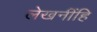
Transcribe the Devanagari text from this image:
लेखनींहि